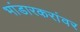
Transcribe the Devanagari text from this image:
भांडारकरांवर